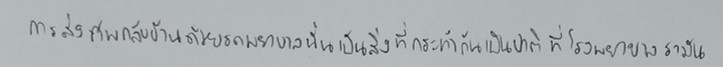
การส่งศพกลับบ้านด้วยรถพยาบาลนั้นเป็นสิ่งที่กระทำกันเป็นปกติที่โรงพยาบาลรามัน